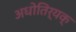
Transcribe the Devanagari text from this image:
अधोतिर्यक्‌